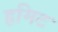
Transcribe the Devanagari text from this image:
हमिट